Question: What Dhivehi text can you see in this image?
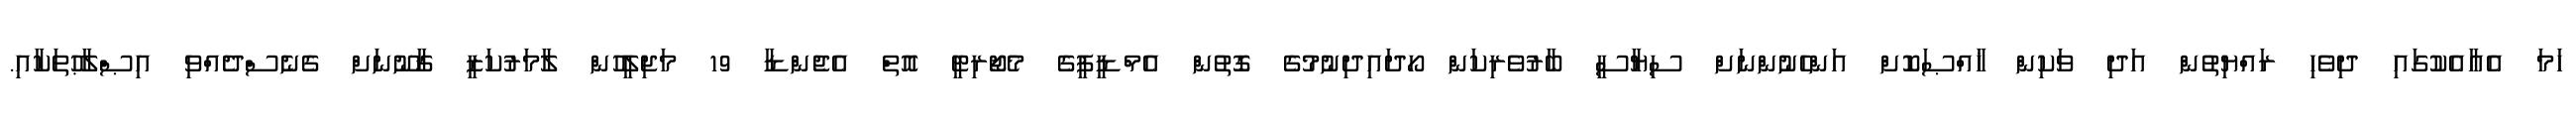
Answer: ހަމަ އެއާއެކުގައި ދިވެހި ރައްޔިތުން އަދި ވަކިން ޚާއްޞަކޮށް އަންހެނުންނަށް ސިޔާސީ ބާރުވެރިކަން ހޯދައިދިނުމުގެ ގޮތުން އެމްޑީޕީގެ މެޖޯރިޓީ އޮތް އެޖެންޑާ 19 މަޖިލީހުން ލާމަރުކަޒީ ޤާނޫނަށް ގެނެސްދެއްވި އިޞްލާޙުތަކާއި.